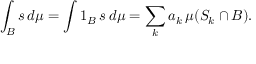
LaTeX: \int _ { B } s \, d \mu = \int 1 _ { B } \, s \, d \mu = \sum _ { k } a _ { k } \, \mu ( S _ { k } \cap B ) .